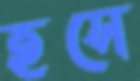
হসে